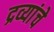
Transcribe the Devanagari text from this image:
द्रव्यांचे